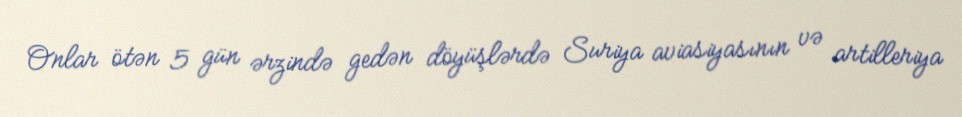
Onlar ötən 5 gün ərzində gedən döyüşlərdə Suriya aviasiyasının və artilleriya